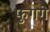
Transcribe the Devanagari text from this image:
फुगगे